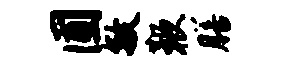
圃敏鞭膳